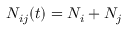
N _ { i j } ( t ) = N _ { i } + N _ { j }